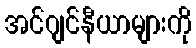
အင်ဂျင်နီယာများကို